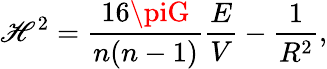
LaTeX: \mathscr{H}^{2}=\frac{{16\piG}}{{n(n-1)}}\frac{{E}}{{V}}-\frac{{1}}{{R^{2}}},